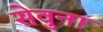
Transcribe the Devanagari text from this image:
सेवुना